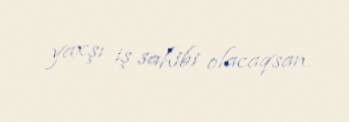
yaxşı iş sahibi olacaqsan.